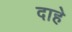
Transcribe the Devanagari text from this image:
दाहे